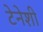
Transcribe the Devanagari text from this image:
टेनेशी